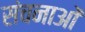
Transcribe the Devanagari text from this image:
संचनाओं